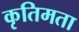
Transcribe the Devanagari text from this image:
कृतिमता